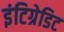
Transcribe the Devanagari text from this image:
इंटिग्रेडिट